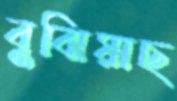
বুঝিয়াছ